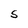
Character: S